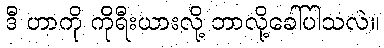
ဒီ ဟာကို ကိုရီးယားလို့ ဘာလို့ခေါ်ပါသလဲ။